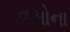
વસોના